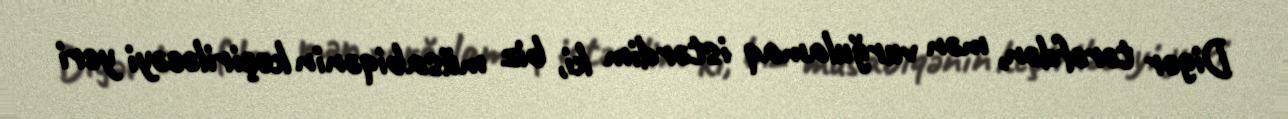
Digər tərəfdən, mən vurğulamaq istərdim ki, biz müsabiqənin keçiriləcəyi yeri